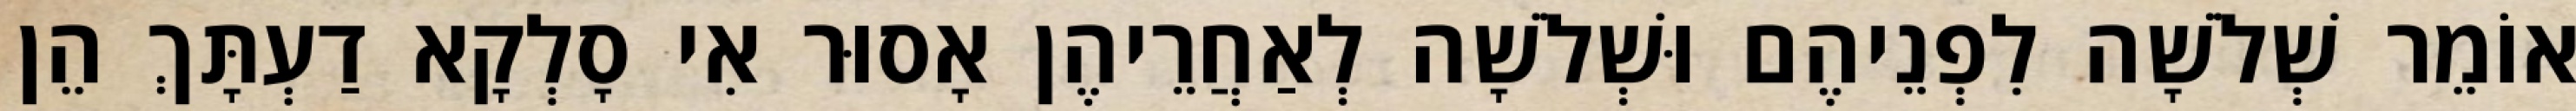
אוֹמֵר שְׁלֹשָׁה לִפְנֵיהֶם וּשְׁלֹשָׁה לְאַחֲרֵיהֶן אָסוּר אִי סָלְקָא דַעְתָּךְ הֵן